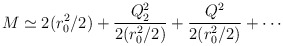
\begin{align*}M \simeq 2 (r_0^2 /2) + \frac{Q_2^2}{2 (r_0^2 /2 )} + \frac{Q^2}{2 (r_0^2 /2 )} + \cdots\end{align*}